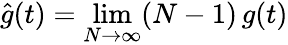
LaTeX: \hat{g}(t)=\operatorname*{lim}_{N\rightarrow\infty}(N-1)\, g(t)